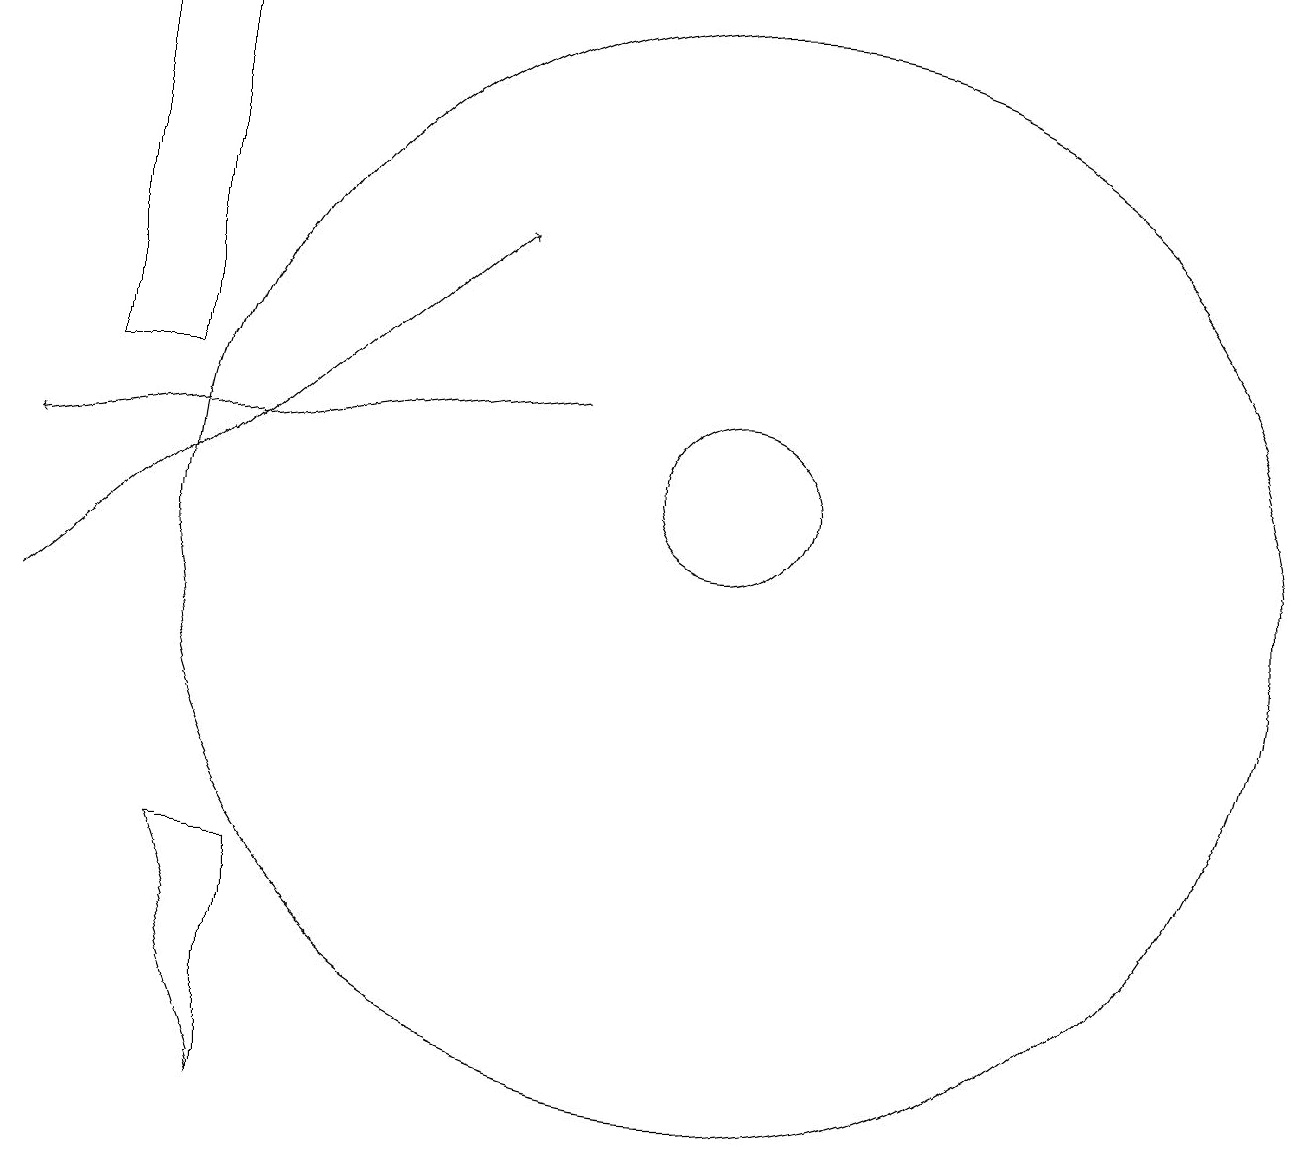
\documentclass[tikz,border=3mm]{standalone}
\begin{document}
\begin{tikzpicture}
\draw[->] (2,10) -- (8,15);
\draw (11,12) circle (1);
\draw (11,11) circle (0);
\draw (11,11) circle (7);
\draw[->] (9,13) -- (2,12);
\draw (5,7) -- (4,7) -- (5,4) -- cycle;
\draw (3,18) rectangle (4,13);
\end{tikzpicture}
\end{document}